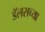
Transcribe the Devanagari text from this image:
डॅलसच्या